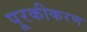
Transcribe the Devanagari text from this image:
पूरकीकरण